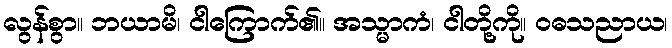
လွန်စွာ။ ဘယာမိ၊ ငါကြောက်၏။ အသ္မာကံ၊ ငါတို့ကို။ ဝဓသညာယ၊